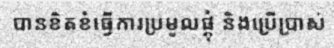
បានខិតខំធ្វើការប្រមូលផ្តុំ និងប្រើប្រាស់